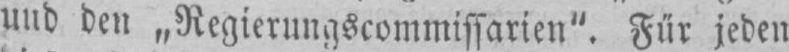
und den „Regierungscommissarien“. Für jeden